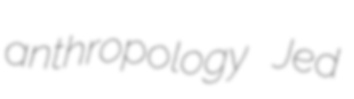
anthropology Jed